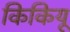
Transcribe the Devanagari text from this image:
किकियू